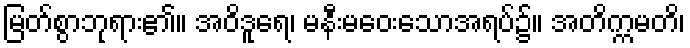
မြတ်စွာဘုရား၏။ အဝိဒူရေ၊ မနီးမဝေးသောအရပ်၌။ အတိက္ကမတိ၊